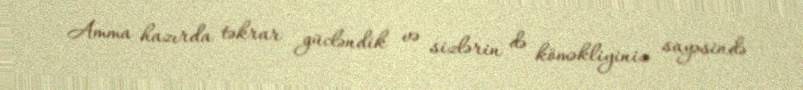
Amma hazırda təkrar gücləndik və sizlərin də köməkliyiniz sayəsində